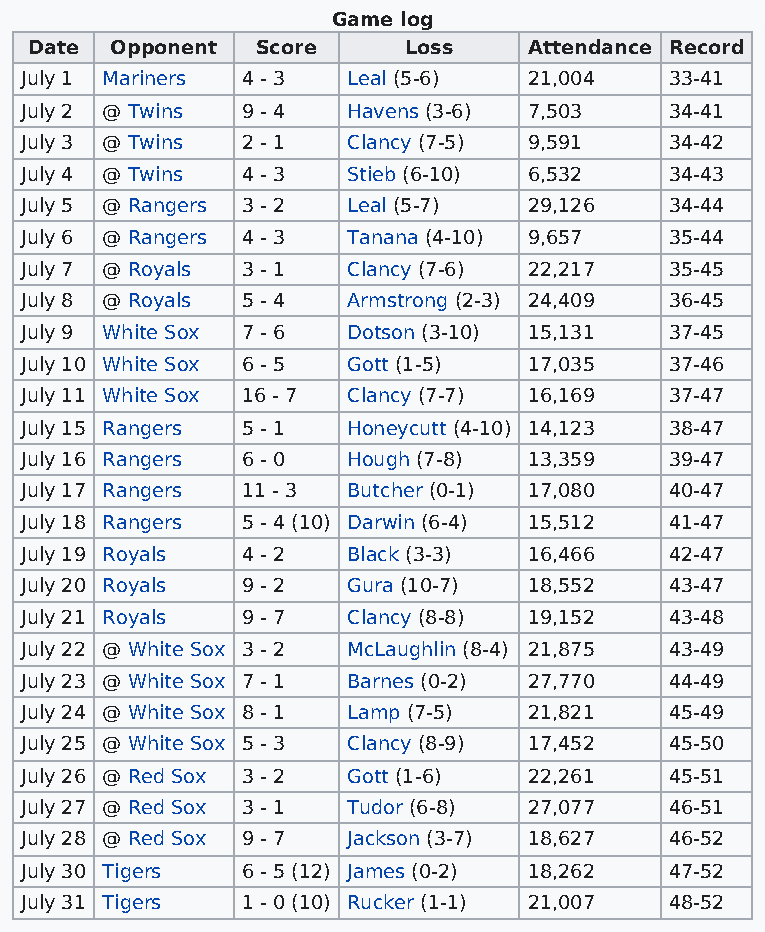
Game log
 Date Opponent  Score     Loss    Attendance Record
 July 1 Mariners 4 - 3 Leal (5-6)  21,004   33-41
 July 2 @ Twins 9 - 4  Havens (3-6) 7,503   34-41
 July 3 @ Twins 2 - 1  Clancy (7-5) 9,591   34-42
 July 4 @ Twins 4 - 3  Stieb (6-10) 6,532   34-43
 July 5 @ Rangers 3 - 2 Leal (5-7) 29,126   34-44
 July 6 @ Rangers 4 - 3 Tanana (4-10) 9,657 35-44
 July 7 @ Royals 3 - 1 Clancy (7-6) 22,217  35-45
 July 8 @ Royals 5 - 4 Armstrong (2-3) 24,409 36-45
 July 9 White Sox 7 - 6 Dotson (3-10) 15,131 37-45
 July 10 White Sox 6 - 5 Gott (1-5) 17,035  37-46
 July 11 White Sox 16 - 7 Clancy (7-7) 16,169 37-47
 July 15 Rangers 5 - 1 Honeycutt (4-10) 14,123 38-47
 July 16 Rangers 6 - 0 Hough (7-8) 13,359   39-47
 July 17 Rangers 11 - 3 Butcher (0-1) 17,080 40-47
 July 18 Rangers 5 - 4 (10) Darwin (6-4) 15,512 41-47
 July 19 Royals 4 - 2  Black (3-3) 16,466   42-47
 July 20 Royals 9 - 2  Gura (10-7) 18,552   43-47
 July 21 Royals 9 - 7  Clancy (8-8) 19,152  43-48
 July 22 @ White Sox 3 - 2 McLaughlin (8-4) 21,875 43-49
 July 23 @ White Sox 7 - 1 Barnes (0-2) 27,770 44-49
 July 24 @ White Sox 8 - 1 Lamp (7-5) 21,821 45-49
 July 25 @ White Sox 5 - 3 Clancy (8-9) 17,452 45-50
 July 26 @ Red Sox 3 - 2 Gott (1-6) 22,261  45-51
 July 27 @ Red Sox 3 - 1 Tudor (6-8) 27,077 46-51
 July 28 @ Red Sox 9 - 7 Jackson (3-7) 18,627 46-52
 July 30 Tigers 6 - 5 (12) James (0-2) 18,262 47-52
 July 31 Tigers 1 - 0 (10) Rucker (1-1) 21,007 48-52